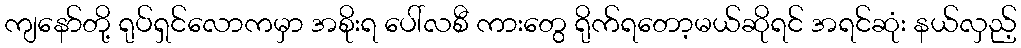
ကျနော်တို့ ရုပ်ရှင်လောကမှာ အစိုးရ ပေါ်လစီ ကားတွေ ရိုက်ရတော့မယ်ဆိုရင် အရင်ဆုံး နယ်လှည့်